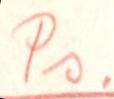
Ps.